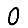
Digit: 0